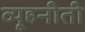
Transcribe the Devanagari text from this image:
व्यूहनीती